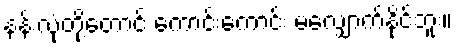
နန်းလုံတို့တောင် ကောင်းကောင်း မလျှောက်နိုင်ဘူး။